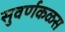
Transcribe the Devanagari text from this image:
सुवर्णकळस